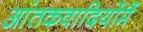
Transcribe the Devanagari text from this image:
आंतकवादियोंमैं